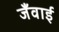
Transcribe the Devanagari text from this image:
जँवाई